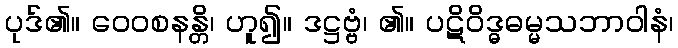
ပုဒ်၏။ ဝေဝစနန္တိ၊ ဟူ၍။ ဒဋ္ဌဗ္ဗံ၊ ၏။ ပဋိဝိဒ္ဓဓမ္မသဘာဝါနံ၊